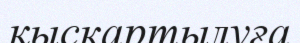
қыскартылуға